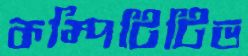
কম্পিটিটিভ